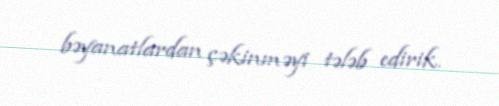
bəyanatlardan çəkinməyi tələb edirik.